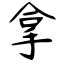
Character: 拿